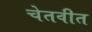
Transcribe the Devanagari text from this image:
चेतवीत